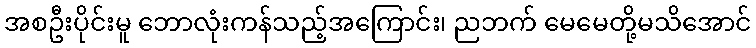
အစဦးပိုင်းမူ ဘောလုံးကန်သည့်အကြောင်း၊ ညဘက် မေမေတို့မသိအောင်